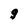
Character: g